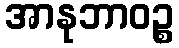
အာနုဘာဝဉ္စ